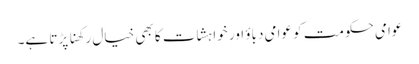
عوامی حکومت کو عوامی دباؤ اور خواہشات کا بھی خیال رکھنا پڑتا ہے۔